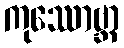
ကုဿောဗ္ဘာ